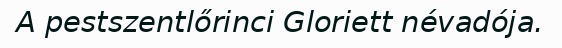
A pestszentlőrinci Gloriett névadója.